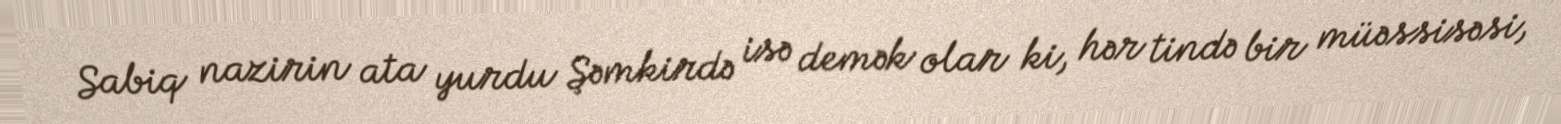
Sabiq nazirin ata yurdu Şəmkirdə isə demək olar ki, hər tində bir müəssisəsi,